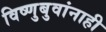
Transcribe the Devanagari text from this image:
विष्णुबुवांनाही